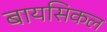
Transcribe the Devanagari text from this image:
बायसिकल